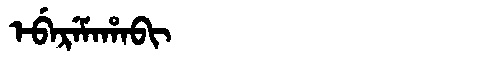
Manchu: ᡝᠪᡝᡵᡝᠮᠠᡥᠠᠪᡳ
Romanization: EBEREMAHABI